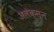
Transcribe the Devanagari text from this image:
अलेक्सन